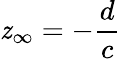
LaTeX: \mathit{z}_{\infty}=-{\frac{{d}}{{c}}}